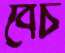
বেচ